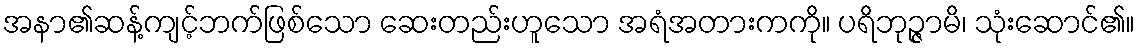
အနာ၏ဆန့်ကျင့်ဘက်ဖြစ်သော ဆေးတည်းဟူသော အရံအတားကကို။ ပရိဘုဉ္ဇာမိ၊ သုံးဆောင်၏။